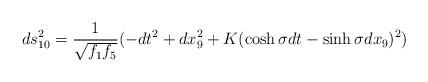
LaTeX: \begin{align*}ds_{10}^2 = \frac{1}{\sqrt{f_1 f_5}} ( -dt^2 + dx_9^2 + K (\cosh \sigma dt - \sinh \sigma dx_9) ^2 ) \end{align*}